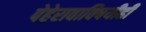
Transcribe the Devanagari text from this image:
पेहेरावाविषयीही